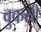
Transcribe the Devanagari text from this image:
वुकसी